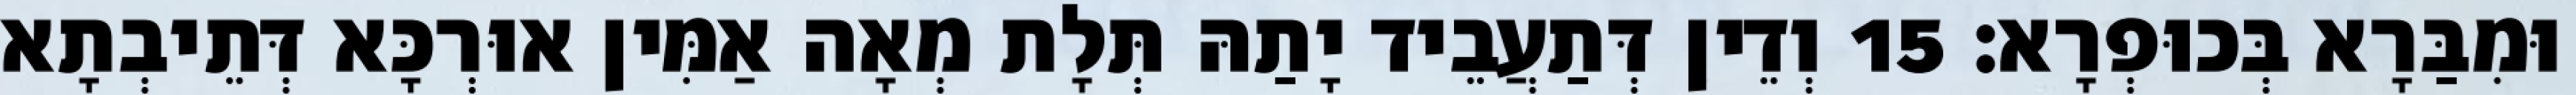
וּמִבַּרָא בְּכוּפְרָא׃ 15 וְדֵין דְּתַעֲבֵיד יָתַהּ תְּלָת מְאָה אַמִּין אוּרְכָּא דְּתֵיבְתָא